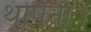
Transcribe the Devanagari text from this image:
थोपना।